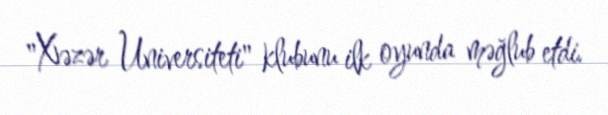
"Xəzər Universiteti" klubunu ilk oyunda məğlub etdi.